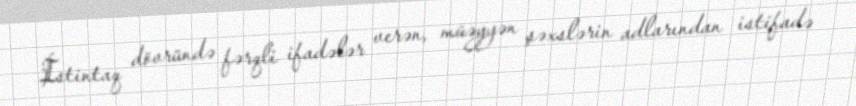
İstintaq dövründə fərqli ifadələr verən, müəyyən şəxslərin adlarından istifadə